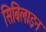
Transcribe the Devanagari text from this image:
सिबिलाइन